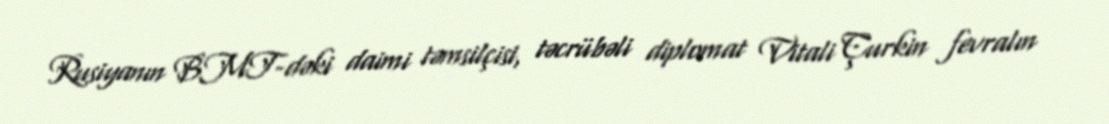
Rusiyanın BMT-dəki daimi təmsilçisi, təcrübəli diplomat Vitali Çurkin fevralın